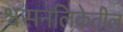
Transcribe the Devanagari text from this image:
श्वसनलिकेतील